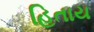
હિતાય